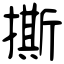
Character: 撕